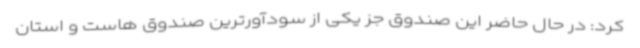
کرد: در حال حاضر این صندوق جز یکی از سودآورترین صندوق هاست و استان